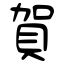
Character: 賀